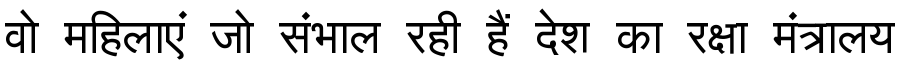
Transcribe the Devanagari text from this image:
वो महिलाएं जो संभाल रही हैं देश का रक्षा मंत्रालय